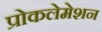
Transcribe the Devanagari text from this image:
प्रोकलेमेशन